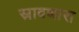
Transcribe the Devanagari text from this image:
स्रावणारा